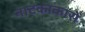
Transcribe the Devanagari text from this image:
नाटकाकारों